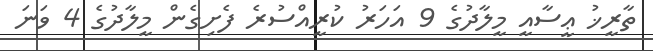
ތާރީޚު ޢީސާއީ މީލާދުގެ 9 އަހަރު ކުރީއްސުރެ ފެށިގެން މީލާދުގެ 4 ވަނަ